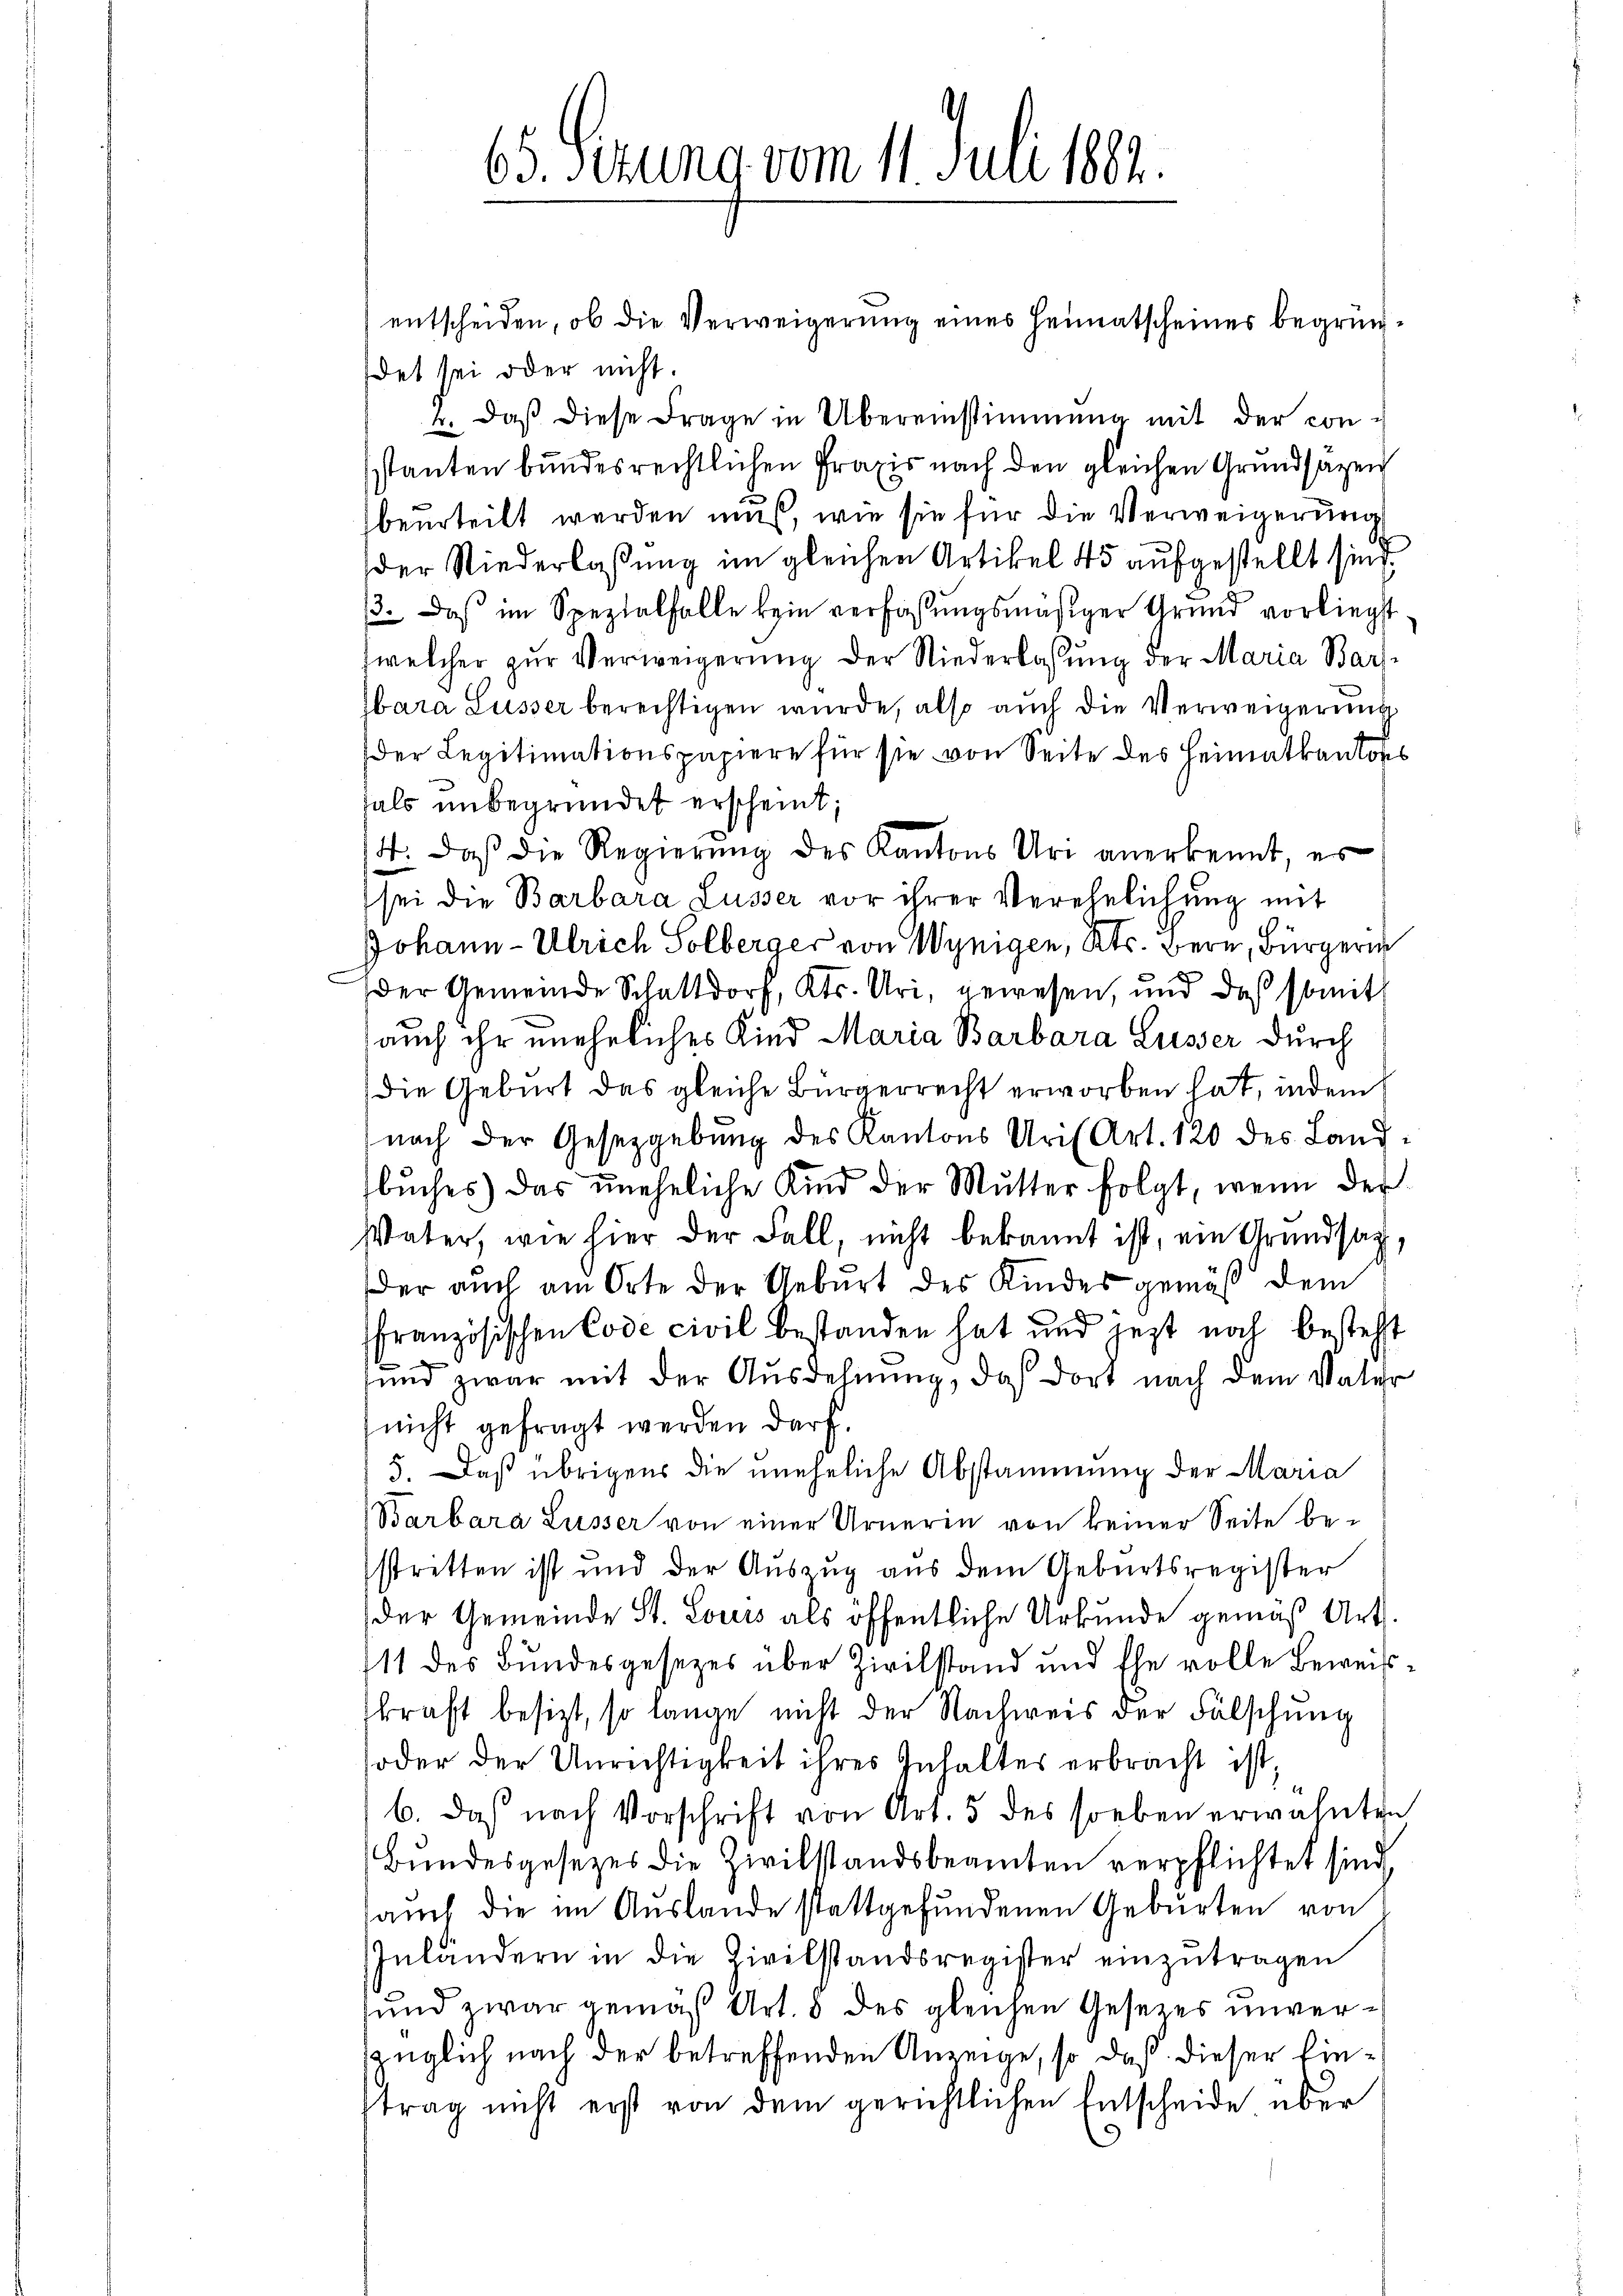
65. Sizung vom 11. Juli 1882.

entscheiden, ob die Verweigerung eines Heimatscheines begründet sei oder nicht.
4. daβ diese Frage in Übereinstimmung mit der con-
stanten bundesrechtlichen Praxis nach den gleichen Grundsazen
beurteilt werden muß, wie sie für die Verweigerung
der Niederlassung im gleichen Artikel 45 aufgestellt sind.
/3. Das im Spezialfalle kein verfaßungsmäßiger Grund vorliegt
welcher zŭr Verweigerŭng der Niederlassŭng der Maria Barl-
bara Lusser berechtigen wurde, also auch die Verweigerung
der Legitimationspapiere für sie von Seite des Heimatkantons
fals unbegründet erscheint;
14. Daß die Regierung des Kantons Uri anerkennt, es
sei die Barbara Lüsser vor ihrer Verehelichung mit
Johann - Ulrich Solberger von Wynigen, Kts. Bern, Bürgerin
der Gemeinde Schattdorf, Kts. Uri, gewesen, und daß somit
auch ihr uneheliches Kind Maria Barbara Lusser durch
die Geburt das gleiche Bürgerrecht erworben hat, indem
nach der Gesetzgebung des Kantons Uri Art. 120 des Landbuches) das uneheliche Kind der Mutter folgt, wenn der
Vater, wie hier der Fall, nicht bekannt ist, ein Grundsag¬
Der auch am Orte der Geburt des Kindes gemäß dem
ffranzösischen Code civil bestanden hat und jetzt noch besteht
und zwar mit der Ausdehnŭng, das dort nach dem Vater
nicht gefragt werden darf.
5. Daß übrigens die uneheliche Abstammung der Maria
Barbara Lusser von einer Urneren von keiner Seite bestritten ist und der Auszug aus dem Geburtsregister
der Gemeinde St. Louis als öffentliche Urkunde gemäß Art.
111 des Bundesgesezes über Zivilstand und Ehe volle Beweis-
kraft besizt, so lange nicht der Nachweis der Fälschung
oder der Unrichtigkeit ihres Inhaltes erbracht ist.
b. daß nach Vorschrift von Art. 5 des soeben erwähnten
Bundesgesezes die Zivilstandsbeamten verpflichtet sind,
auch die im Auslande stattgefundenen Geburten von
Inländern in die Zivilstandsregister einzutragen
und zwar gemäß Art. 8 des gleichen Gesetzes unverzüglich nach der betreffenden Anzeige, so daß dieser Eintrag nicht erst von dem gerichtlichen Entscheide über